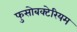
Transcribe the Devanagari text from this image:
फुसोबक्टेरियम